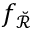
f _ { \breve { \mathscr R } }